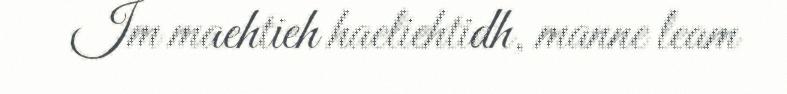
Im maehtieh haeliehtidh, manne leam